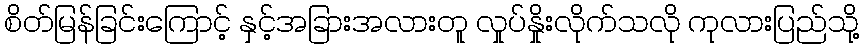
စိတ်မြန်ခြင်းကြောင့် နှင့်အခြားအလားတူ လှုပ်နှိုးလိုက်သလို ကုလားပြည်သို့